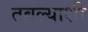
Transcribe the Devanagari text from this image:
तबल्याशी